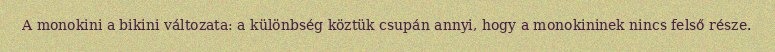
A monokini a bikini változata: a különbség köztük csupán annyi, hogy a monokininek nincs felső része.